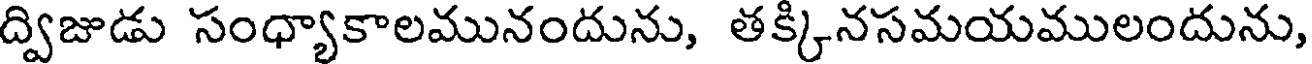
ద్విజుడు సంధ్యాకాలమునందును, తక్కినసమయములందును,